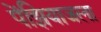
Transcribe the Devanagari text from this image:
पेंझियाजला